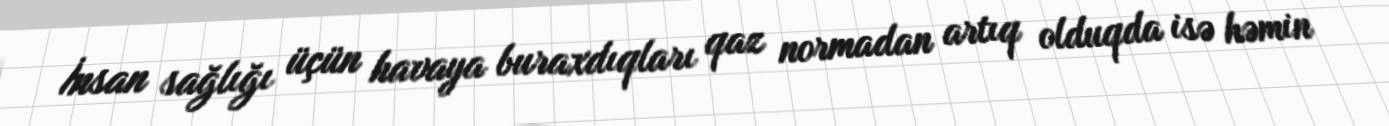
İnsan sağlığı üçün havaya buraxdıqları qaz normadan artıq olduqda isə həmin